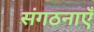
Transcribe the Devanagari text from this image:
संगठनाएँ